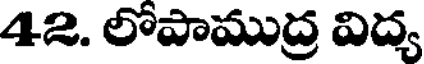
42. లోపాముద్ర విద్య